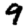
Digit: 9